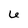
Character: 6